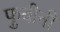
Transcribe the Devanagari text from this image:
फुबीनी